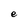
Character: e